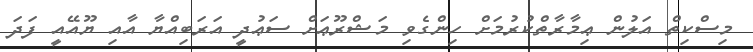
މިސްކިތް އަލުން ޢިމާރާތްކުރުމަށް ހިންގެވި މަޝްރޫޢަށް ސަޢުދީ އަރަބިއްޔާ އާއި ޔޫއޭއީ ފަދަ